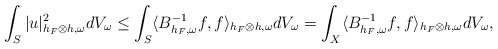
\begin{align*} \int_S|u|^2_{h_F\otimes h,\omega}dV_{\omega}&\leq\int_S\langle B^{-1}_{h_F,\omega}f,f\rangle_{h_F\otimes h,\omega}dV_\omega=\int_X\langle B^{-1}_{h_F,\omega}f,f\rangle_{h_F\otimes h,\omega}dV_\omega, \end{align*}